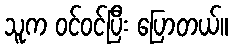
သူက ဝင်ဝင်ပြီး ပြောတယ်။